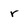
Character: r